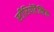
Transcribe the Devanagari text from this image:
स्टीरियोटैक्टिक